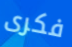
فكرى